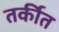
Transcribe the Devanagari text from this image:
तर्कीत